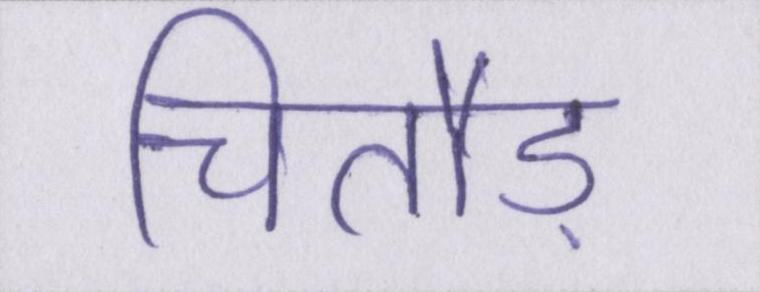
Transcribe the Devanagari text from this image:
चितौड़